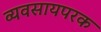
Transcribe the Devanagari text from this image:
व्यवसायपरक